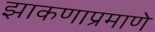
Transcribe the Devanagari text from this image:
झाकणाप्रमाणे